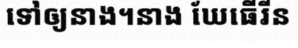
ទៅឲ្យនាង។នាង ឃែធើរីន